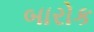
બારોક